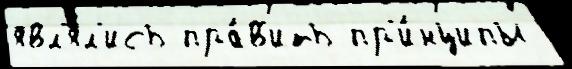
явл'я́л'ись пра́в'ить пр'и́нципы